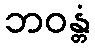
ဘဝန္တံ